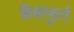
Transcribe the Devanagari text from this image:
फ्रैकफुर्त